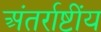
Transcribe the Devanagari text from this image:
अंतर्राष्टींय